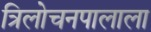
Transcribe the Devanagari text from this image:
त्रिलोचनपालाला